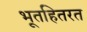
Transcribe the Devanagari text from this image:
भूतहितरत